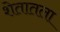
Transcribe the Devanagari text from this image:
शेतातला